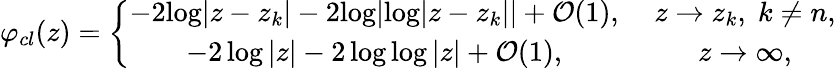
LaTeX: \varphi_{cl}(z)=\left\{ \begin{array}{cc}{{-2{\log}|z-z_{k}|-2{\log}|{\log}|z-z_{k}||+{\cal O}(1),\; }}&{{z\to z_{k},\; k\ne n,}}\\ {{-2\log|z|-2\log\log|z|+{\cal O}(1),\; }}&{{z\to\infty,}}\end{array}\right.